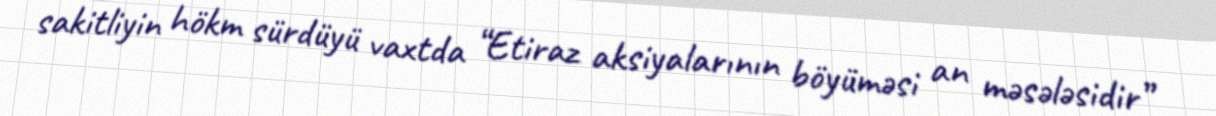
sakitliyin hökm sürdüyü vaxtda “Etiraz aksiyalarının böyüməsi an məsələsidir”